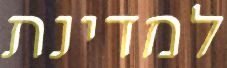
למדינת